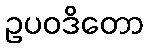
ဥပဝဒိတော